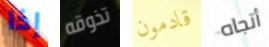
إذا تذوقه قادمون أتجاه